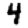
Digit: 4